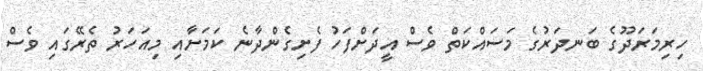
ހިރިމަރަދޫގެ ބަނދަރުގެ މަސައްކަތް ވެސް އީދަށްފަހު ފެށިގެންދާނެ ކަމަށާއި މިއަހަރު ތެރޭގައި ވެސް